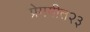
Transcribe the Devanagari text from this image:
प्रेमगीत२३